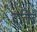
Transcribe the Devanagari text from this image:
दलिबे